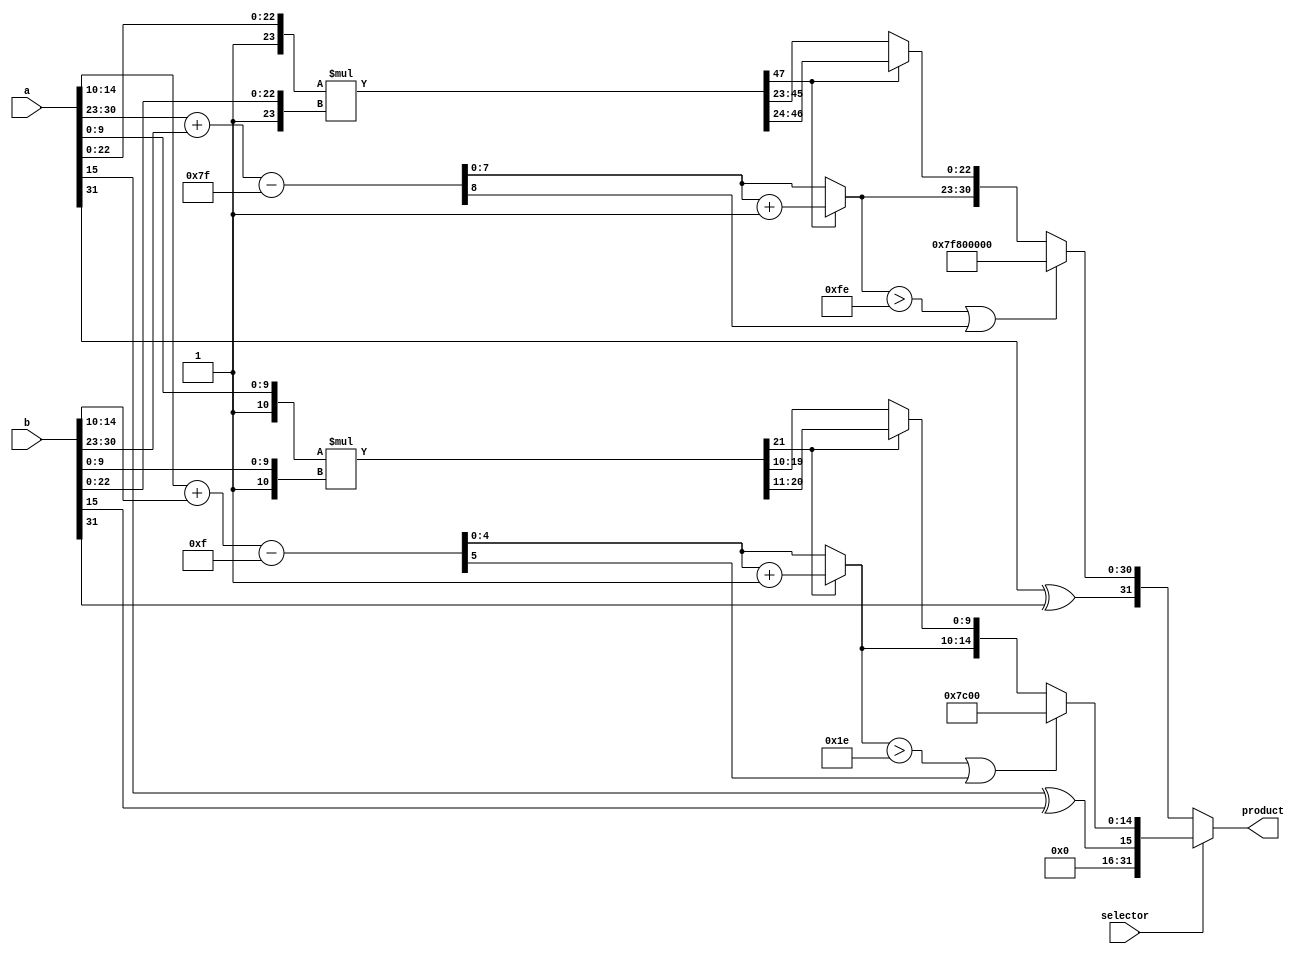
module floating_point_multiplier (
    input wire [31:0] a,
    input wire [31:0] b,
    input wire selector,
    output reg [31:0] product
);

wire [15:0] a_six = a[15:0];
wire [15:0] b_six = b[15:0];

wire sign_a_six = a_six[15];
wire [4:0] exponent_a_six = a_six[14:10];
wire [9:0] mantissa_a_six = a_six[9:0];

wire sign_b_six = b_six[15];
wire [4:0] exponent_b_six = b_six[14:10];
wire [9:0] mantissa_b_six = b_six[9:0];

wire [10:0] mantissa_a_norm_six = {1'b1, mantissa_a_six};
wire [10:0] mantissa_b_norm_six = {1'b1, mantissa_b_six};

wire [21:0] mantissa_product_six = mantissa_a_norm_six * mantissa_b_norm_six;

wire [5:0] exponent_sum_six = exponent_a_six + exponent_b_six - 15; // Ajustar por el bias

wire sign_product_six = sign_a_six ^ sign_b_six;

reg [9:0] mantissa_normalized_six;
reg [4:0] exponent_normalized_six;
reg overflow_six;

wire sign_a = a[31];
wire [7:0] exponent_a = a[30:23];
wire [22:0] mantissa_a = a[22:0];

wire sign_b = b[31];
wire [7:0] exponent_b = b[30:23];
wire [22:0] mantissa_b = b[22:0];

wire [23:0] mantissa_a_norm = {1'b1, mantissa_a};
wire [23:0] mantissa_b_norm = {1'b1, mantissa_b};

wire [47:0] mantissa_product = mantissa_a_norm * mantissa_b_norm;

wire [8:0] exponent_sum = exponent_a + exponent_b - 127; // Ajustar por el bias

wire sign_product = sign_a ^ sign_b;

reg [22:0] mantissa_normalized;
reg [7:0] exponent_normalized;
reg overflow;

always @(*) begin
    if (mantissa_product_six[21] == 1) begin
        mantissa_normalized_six = mantissa_product_six[20:11];
        exponent_normalized_six = exponent_sum_six + 1;
    end else begin
        mantissa_normalized_six = mantissa_product_six[19:10];
        exponent_normalized_six = exponent_sum_six;
    end
    overflow_six = (exponent_normalized_six > 5'h1E) || (exponent_sum_six[5] == 1);
end

always @(*) begin
    if (mantissa_product[47] == 1) begin
        mantissa_normalized = mantissa_product[46:24];
        exponent_normalized = exponent_sum + 1;
    end else begin
        mantissa_normalized = mantissa_product[45:23];
        exponent_normalized = exponent_sum;
    end
    overflow = (exponent_normalized > 8'hFE) || (exponent_sum[8] == 1);
end

wire [15:0] prueba2 = {sign_product_six, exponent_normalized_six, mantissa_normalized_six};

always @(*) begin
    if(selector) begin
        if (overflow_six) begin
            product = {sign_product_six, 5'h1F, 10'h0};
        end else begin
            product = {16'b0,sign_product_six, exponent_normalized_six, mantissa_normalized_six};
        end
    end
    else begin
        if (overflow) begin
            product = {sign_product, 8'hFF, 23'h0};
        end else begin
            product = {sign_product, exponent_normalized, mantissa_normalized};
        end
    end
end

endmodule